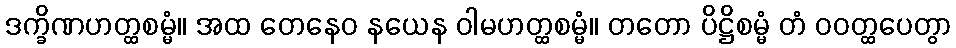
ဒက္ခိဏဟတ္ထစမ္မံ။ အထ တေနေဝ နယေန ဝါမဟတ္ထစမ္မံ။ တတော ပိဋ္ဌိစမ္မံ တံ ဝဝတ္ထပေတွာ